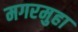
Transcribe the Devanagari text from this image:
मगरमुहा